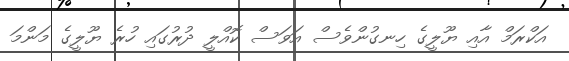
އަކްރަމް އާއި ޔޫލީގެ ހިނގުންވެސް އަވަސް ކޮއްލީ ދުރުގައި ހުރެ ޔޫލީގެ މަންމަ